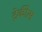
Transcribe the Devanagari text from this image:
ट्रेकीस